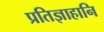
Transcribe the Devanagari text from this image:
प्रतिज्ञाहानि